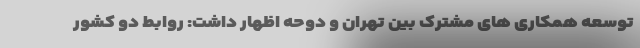
توسعه همکاری های مشترک بین تهران و دوحه اظهار داشت: روابط دو کشور